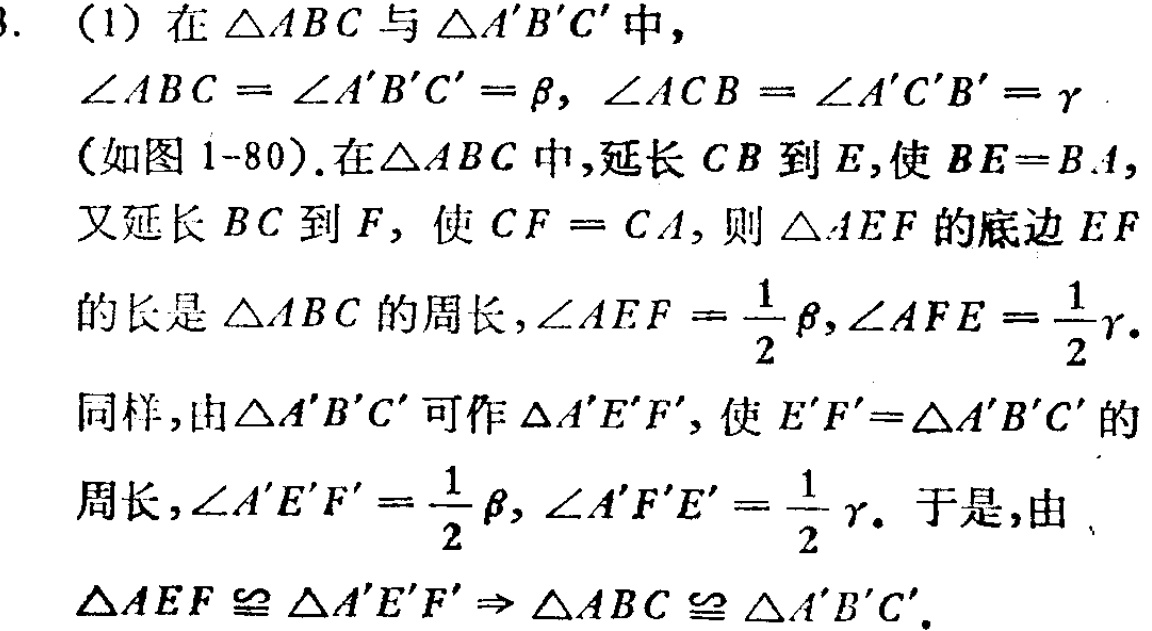
3. (1) 在$\triangle ABC$与$\triangle A'B'C'$中，

$\angle ABC = \angle A'B'C'=\beta,\angle ACB = \angle A'C'B'=\gamma$

(如图1 - 80). 在$\triangle ABC$中，延长$CB$到$E$，使$BE = BA$，

又延长$BC$到$F$，使$CF = CA$，则$\triangle AEF$的底边$EF$

的长是$\triangle ABC$的周长，$\angle AEF=\frac{1}{2}\beta,\angle AFE=\frac{1}{2}\gamma$.

同样，由$\triangle A'B'C'$可作$\triangle A'E'F'$，使$E'F'=\triangle A'B'C'$的

周长，$\angle A'E'F'=\frac{1}{2}\beta,\angle A'F'E'=\frac{1}{2}\gamma$. 于是，由

$\triangle AEF\cong\triangle A'E'F'\Rightarrow\triangle ABC\cong\triangle A'B'C'.$